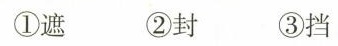
①遮 ②封 ③挡